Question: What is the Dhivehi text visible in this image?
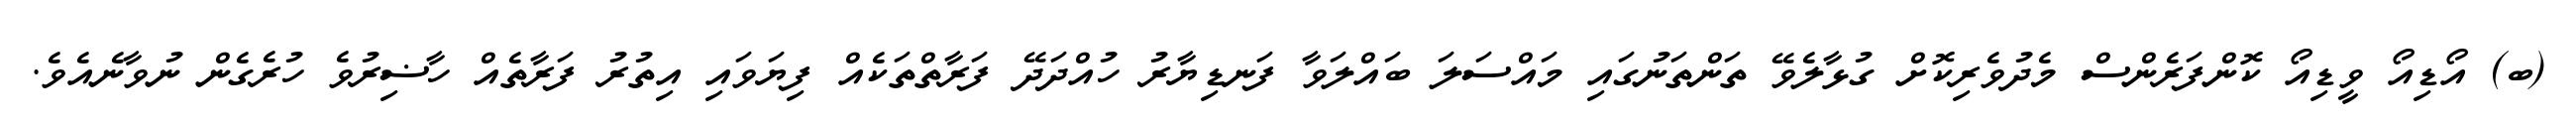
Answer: (ބ) އޯޑިއޯ ވީޑިއޯ ކޮންފަރެންސް މެދުވެރިކޮށް ގުޅާލެވޭ ތަންތަނުގައި މައްސަލަ ބައްލަވާ ފަނޑިޔާރު ހުއްދަދޭ ފަރާތްތަކެއް ފިޔަވައި އިތުރު ފަރާތެއް ހާޟިރުވެ ހުރެގެން ނުވާނެއެވެ.